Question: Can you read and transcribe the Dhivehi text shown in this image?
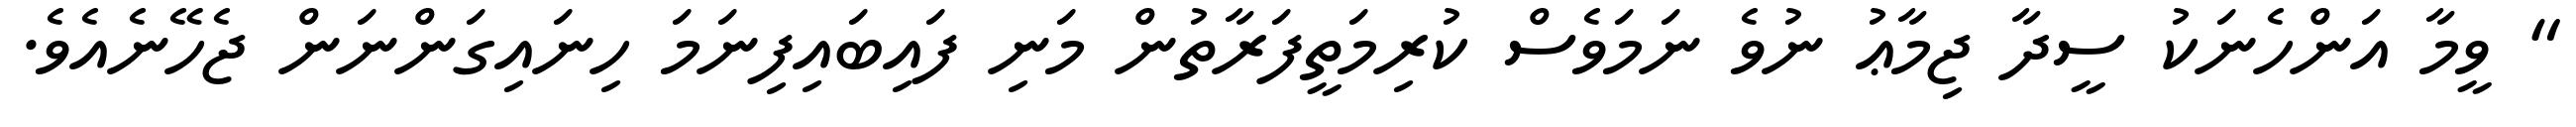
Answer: " ވީމާ އަންހެނަކު ސީދާ ޖިމާޢު ނުވެ ނަމަވެސް ކުރިމަތީފަރާތުން މަނި ފައިބައިފިނަމަ ހިނައިގަންނަން ޖެހޭނެއެވެ.